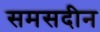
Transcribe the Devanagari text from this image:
समसदीन